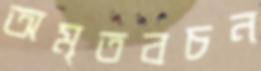
অমৃতবচন